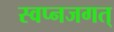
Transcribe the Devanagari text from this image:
स्वप्नजगत्‌